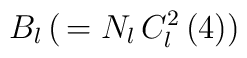
B_l \, ( \, = N_l \, C_l^2 \left( 4 \right))